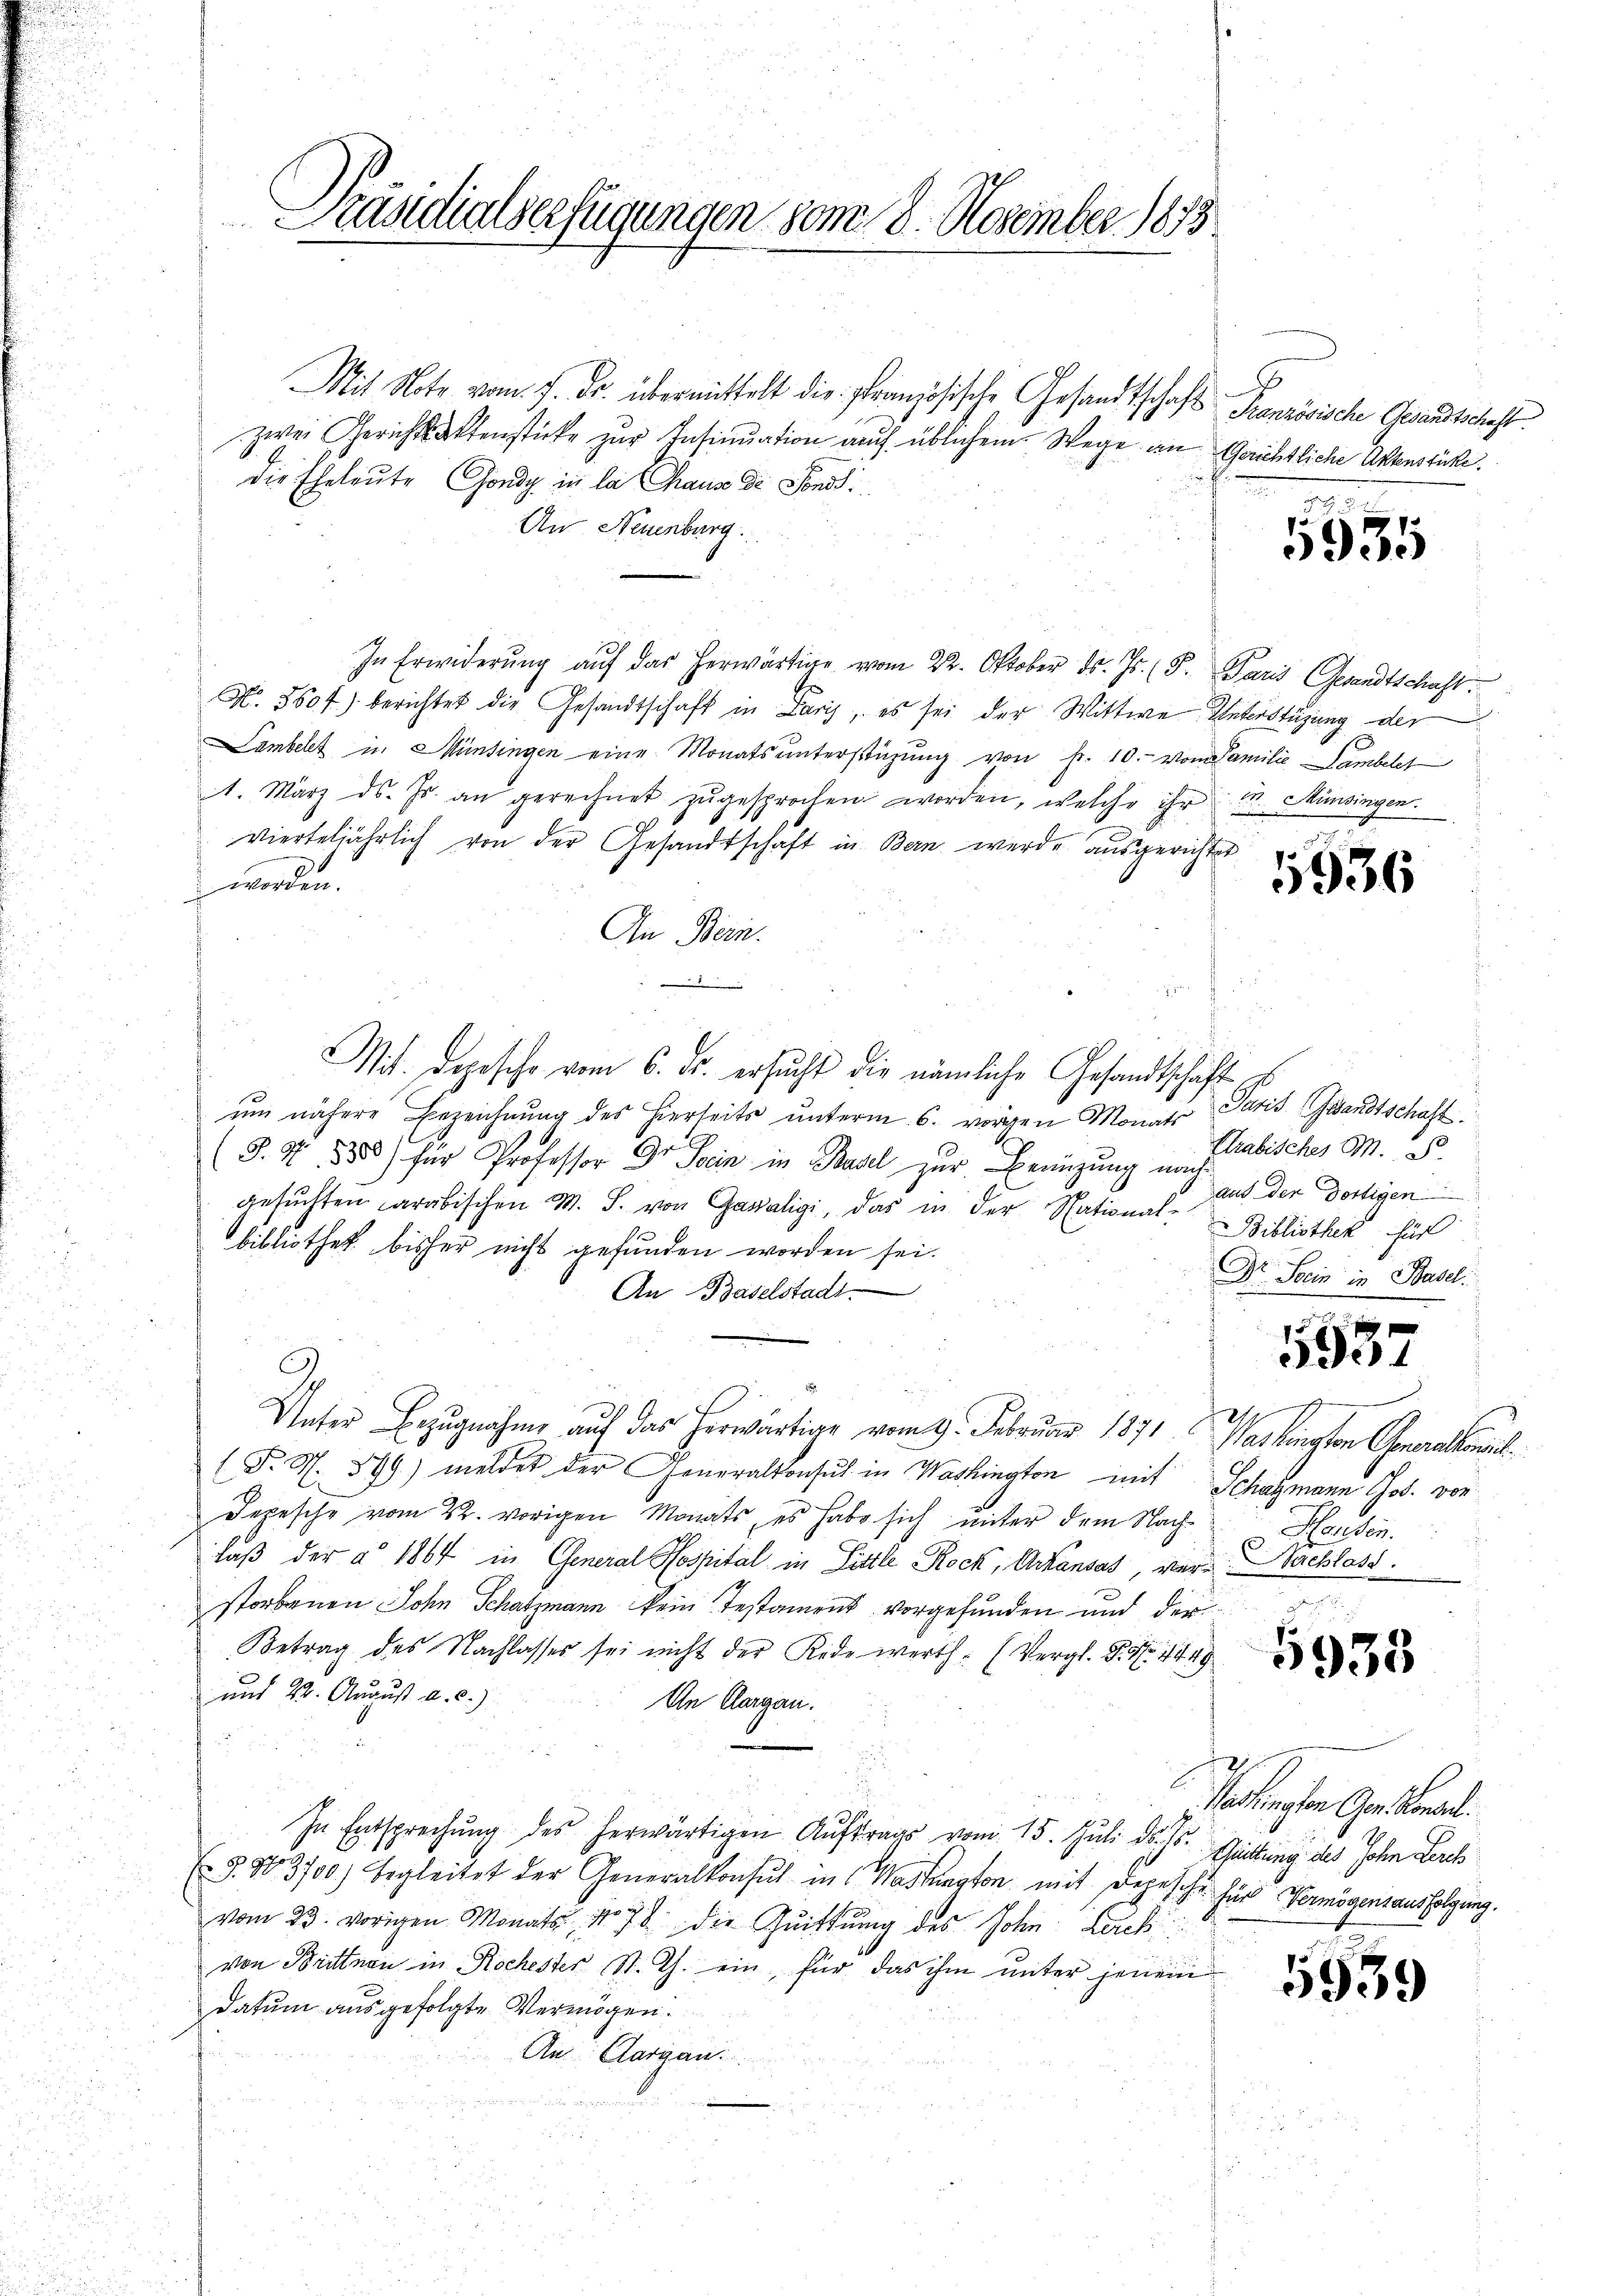
Präsidialserfügungen vom 8. November 1873

Mit Note vom 7. Fr. übermittelt die französische Gesandtschafts-Französische Gesandtschaft.
zwei Gerichtsaktenstücke zur Insinuation auch üblichem Wege an Gerichtliche Aktenstücke.
die Eheleute Gondy in la chaus der Sond
An Neuenburg.
In Erwiderŭng aŭf das herwärtige vom 22. Oktober ds. Js. (T. Paris Gesandtschaft.
N. 5604) berichtet die Gesandtschaft in Laris, es sei der Wittwe Unterstüzung der
Lambelt in Münsingen eine Monats ŭnterstüzung von Fr. 10. von Familie Lambeles
1. März d. Js. an gerechnet zŭgesprochen worden, welche ihr M. Hinsingen.
vierteljährlich von der Gesandtschäft in Bern werde ausgerichter
worden.
An Bern.
2
Mit. Depesche vom 6. ds. ersucht die nämliche Gesandtschaft E
um nähere Bezeichnung des hierseits ŭnterm 6. vorgen Monats Paris Gesandtschaft
(§. 7. 1885) für Professor Dr. Sein in Basel zur Besizung nach
gesŭchten arabischen M. S. von Gasaligi, das in der National-Bibliothek, für
bibliothek bisher nicht gefunden worden sei.
An Baselstadt
I.
f
Unter Bezŭgnahme aŭf das herwärtige vom 9. Februar 1871, Washington Generalkonsul
(F. N. 899) meldes der Generalkonsul in Washington mit Schagmann Gob. von
Depesche vom 22. vorigen Monats, es habe sich unter dem Nachlaß der § 1864 in General Hospital in Sittle Rock, Ackausas, vor Nachlass
e
storbenen Sohn Schatzmann kein Testament vorgefunden und der
Betrag des Nachlasses sei nicht der Rede werth. (Vergl. P. Nr. 149
und 22. August a. c.)
An Aargau.
In Entsprechung des herwärtigen Auftrags vom 15. Juli d. J.
E. §. 103700) begleitet der Generalkonsuch in Wastangton mit Depesche für Vermögensausfolgung.
vom 23. vorigen Monats No 78 die Quittung des John Lacki
von Brittnau in Rochester St. Th. ein, für das ihm unter jenem
datum ausgefolgte Vermögen.
An Aargau.

9
5935

1936

Prabisches M. D.
aus der dortigen
Dr. Stein in Basel.

3937

Hausen.

sangen Gelegt.
Schüttung des John Lerch